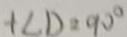
\angle C D = 9 0 ^ { \circ }